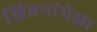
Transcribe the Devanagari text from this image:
ख्रिश्चनांपेक्षा